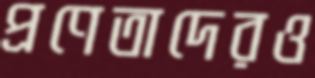
প্রণেতাদেরও